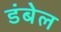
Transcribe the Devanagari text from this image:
डंबेल